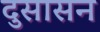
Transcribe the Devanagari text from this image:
दुसासन